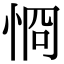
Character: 㤯